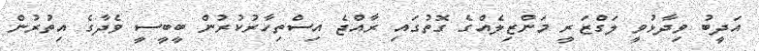
އަދީބު ވިދާޅުވީ ލަގްޒަރީ މަންޒިލެއްގެ ގޮތުގައި ރާއްޖެ އިސްތިހާރުކުރުން ބީބީސީ ވެދާގެ އިތުރުން